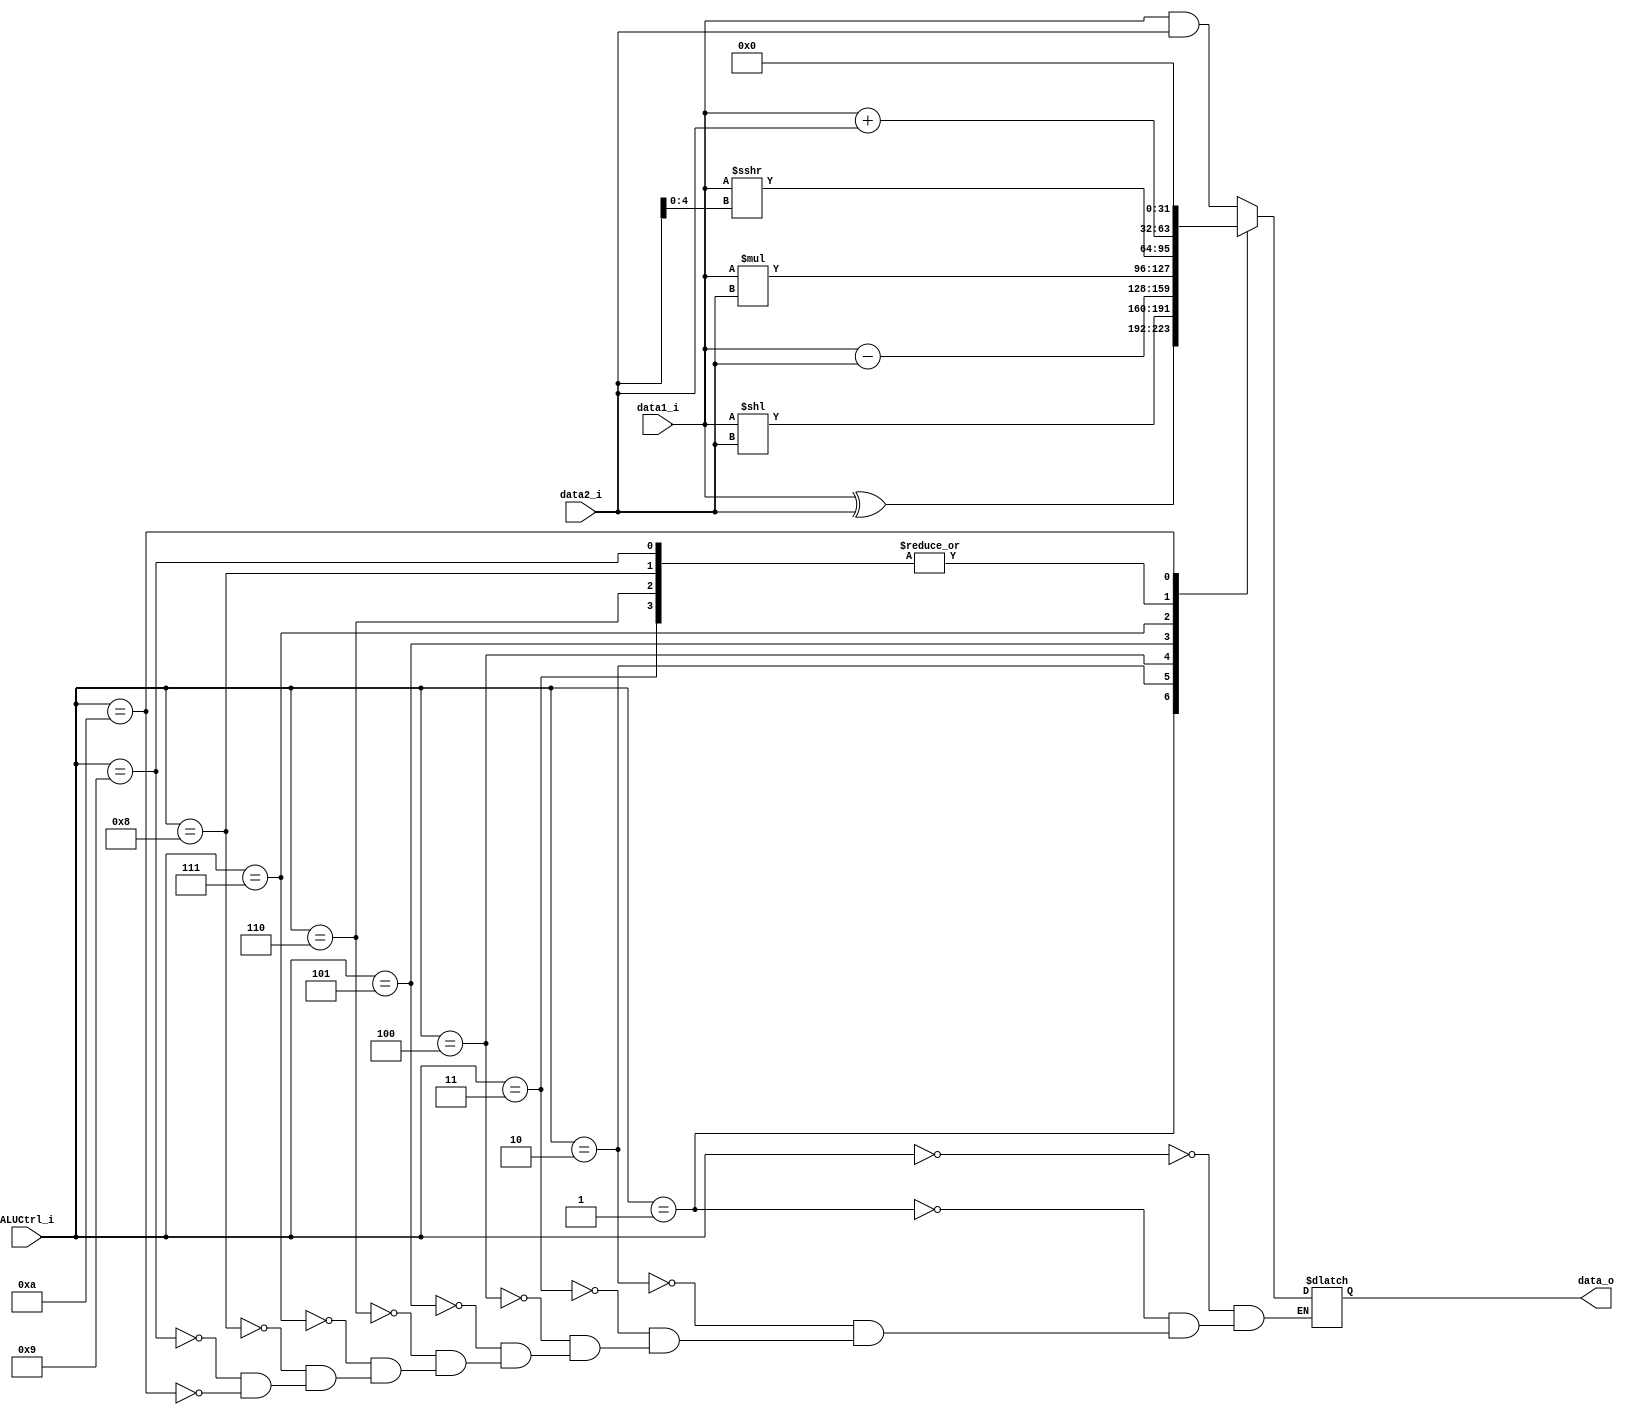
module ALU(
    data1_i,
    data2_i,
    ALUCtrl_i,
    data_o
);

`define AND     4'b0000
`define XOR     4'b0001
`define SLL     4'b0010
`define ADD     4'b0011
`define SUB     4'b0100
`define MUL     4'b0101
`define ADDI    4'b0110
`define SRAI    4'b0111
`define LW      4'b1000
`define SW      4'b1001
`define BEQ     4'b1010

input  [31:0] data1_i;
input  [31:0] data2_i;
input  [ 3:0] ALUCtrl_i;
output reg [31:0] data_o;


always @(data1_i or data2_i or ALUCtrl_i) begin
    case(ALUCtrl_i)
        `AND    : data_o <= $signed(data1_i) & $signed(data2_i);
        `XOR    : data_o <= $signed(data1_i) ^ $signed(data2_i);
        `SLL    : data_o <= $signed(data1_i) << data2_i;
        `ADD    : data_o <= $signed(data1_i) + $signed(data2_i);
        `SUB    : data_o <= $signed(data1_i) - $signed(data2_i);
        `MUL    : data_o <= $signed(data1_i) * $signed(data2_i);
        `ADDI   : data_o <= $signed(data1_i) + $signed(data2_i);
        `SRAI   : data_o <= $signed(data1_i) >>> data2_i[4:0]; 
        `LW     : data_o <= $signed(data1_i) + $signed(data2_i);
        `SW     : data_o <= $signed(data1_i) + $signed(data2_i);
        `BEQ    : data_o <= 0;
    endcase
end

endmodule